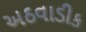
અઠવાડીક